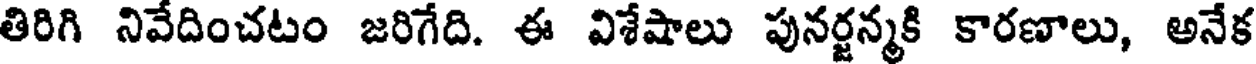
తిరిగి నివేదించటం జరిగేది. ఈ విశేషాలు పునర్జన్మకి కారణాలు, అనేక